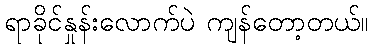
ရာခိုင်နှုန်းလောက်ပဲ ကျန်တော့တယ်။